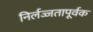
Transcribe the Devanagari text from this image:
निर्लज्जतापूर्वक